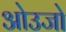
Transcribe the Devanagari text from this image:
ओउजो